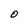
Character: O